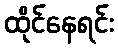
ထိုင်နေရင်း